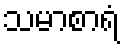
သမာစာရံ